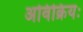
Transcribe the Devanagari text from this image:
अविक्रियः